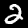
Label: 2